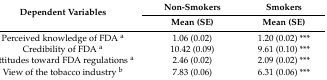
<table><thead><tr><td rowspan="2"><b>Dependent Variables </b></td><td><b>Non-Smokers</b></td><td><b>Smokers</b></td></tr><tr><td><b>Mean (SE)</b></td><td><b>Mean (SE)</b></td></tr></thead><tbody><tr><td>Perceived knowledge of FDA <sup>a</sup></td><td>1.06 (0.02)</td><td>1.20 (0.02) ***</td></tr><tr><td>Credibility of FDA <sup>a</sup></td><td>10.42 (0.09)</td><td>9.61 (0.10) ***</td></tr><tr><td>Attitudes toward FDA regulations <sup>a</sup></td><td>2.46 (0.02)</td><td>2.09 (0.02) ***</td></tr><tr><td>View of the tobacco industry <sup>b</sup></td><td>7.83 (0.06)</td><td>6.31 (0.06) ***</td></tr></tbody></table>